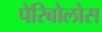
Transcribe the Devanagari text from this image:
पेरिबोलोस